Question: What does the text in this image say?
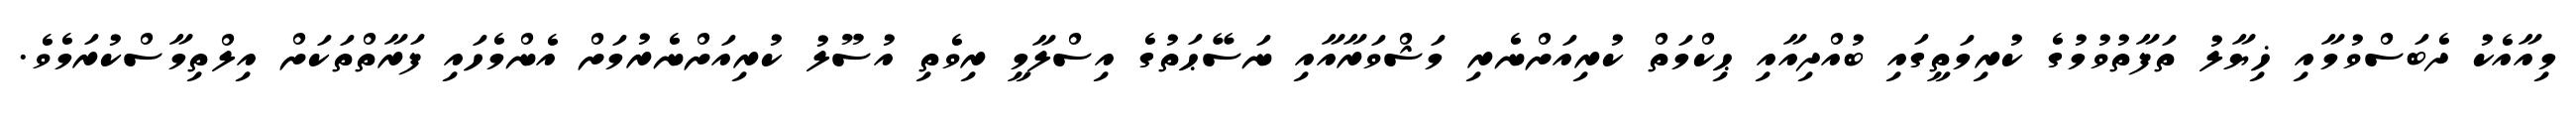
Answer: މިއާއެކު ދެބަސްވުމާއި ޚިޔާލު ތަފާތުވުމުގެ ކުރިމަތީގައި ބުއްދިއާއި ޙިކްމަތް ކުރިއަށްނެރި މަޝްވަރާއާއި ނަސޭޙަތުގެ އިސްލާމީ ރިވެތި އުސޫލު ކުރިއަށްނެރުމަށް އެންމެހައި ފަރާތްތަކަށް އިލްތިމާސްކުރަމެވެ.